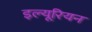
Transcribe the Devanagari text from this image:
इल्यूरियन